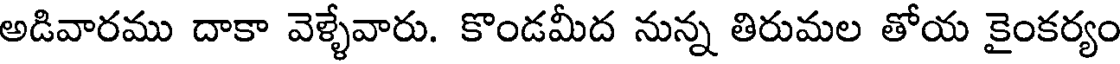
అడివారము దాకా వెళ్ళేవారు. కొండమీద నున్న తిరుమల తోయ కైంకర్యం